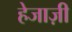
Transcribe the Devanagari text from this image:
हेजाज़ी